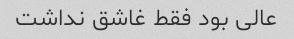
عالی بود فقط غاشق نداشت